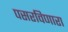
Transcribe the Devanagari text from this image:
पसरविणारा